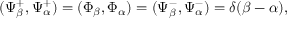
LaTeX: ( \Psi _ { \beta } ^ { + } , \Psi _ { \alpha } ^ { + } ) = ( \Phi _ { \beta } , \Phi _ { \alpha } ) = ( \Psi _ { \beta } ^ { - } , \Psi _ { \alpha } ^ { - } ) = \delta ( \beta - \alpha ) ,